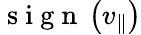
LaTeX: \mathrm{~s~i~g~n~}\left(v_{\| }\right)